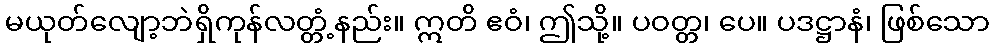
မယုတ်လျော့ဘဲရှိကုန်လတ္တံ့နည်း။ ဣတိ ဧဝံ၊ ဤသို့။ ပဝတ္တ၊ ပေ။ ပဒဋ္ဌာနံ၊ ဖြစ်သော